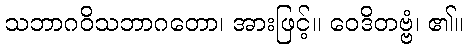
သဘာဂဝိသဘာဂတော၊ အားဖြင့်။ ဝေဒိတဗ္ဗံ၊ ၏။